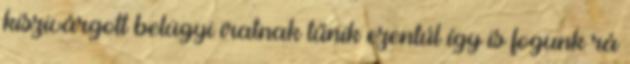
kiszivárgott belügyi iratnak tűnik ezentúl így is fogunk rá